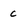
Character: c